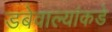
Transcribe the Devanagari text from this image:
डबेवाल्यांकडे